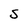
Character: S